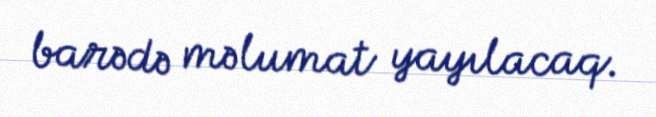
barədə məlumat yayılacaq.